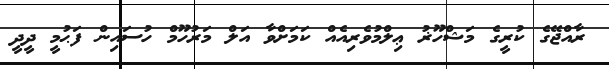
ރާއްޖޭގެ ކުރީގެ މަޝްހޫޜު ޢިލްމުވެރިއެއް ކަމަށްވާ އަލް މަރުހޫމް ހުސައިން ފަޙުމީ ދީދީ